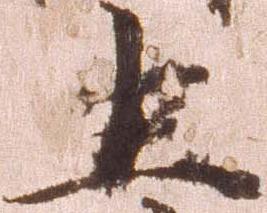
生